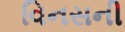
વિનસની